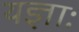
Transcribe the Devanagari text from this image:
यज्ञाः